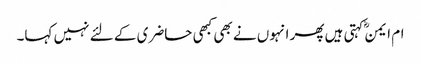
ام ایمنؓ کہتی ہیں پھر انہوں نے بھی کبھی حاضری کے لئے نہیں کہا۔